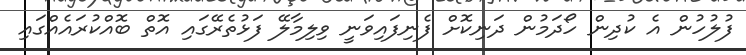
ފުލުހުން އެ ކުދިން ހޯދަމުން ދަނިކޮށް ފެނިފައިވަނީ ވިލިމާލޭ ފަޅުތެރޭގައި އޮތް ބޮއްކުރައެއްގައި